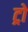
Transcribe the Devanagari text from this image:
ट्रो